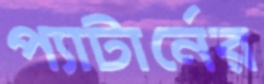
প্যাটার্নের